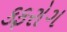
કફરોગ